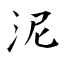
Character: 泥